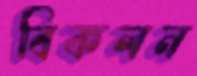
বিকলন